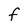
Character: F